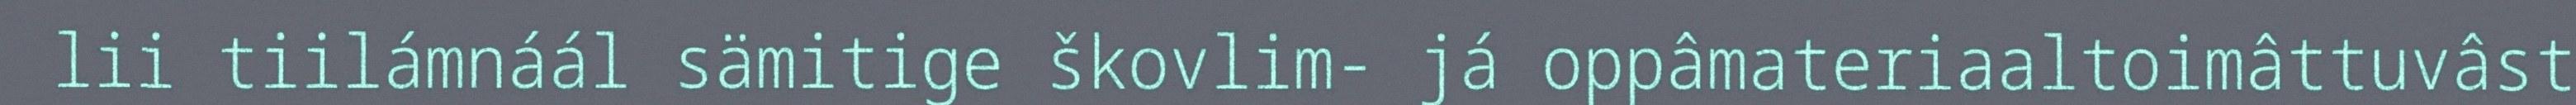
lii tiilámnáál sämitige škovlim- já oppâmateriaaltoimâttuvâst